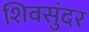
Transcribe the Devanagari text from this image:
शिवसुंदर